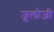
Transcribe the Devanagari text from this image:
जूलोजी